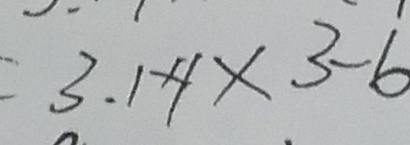
= 3 . 1 4 \times 3 - 6